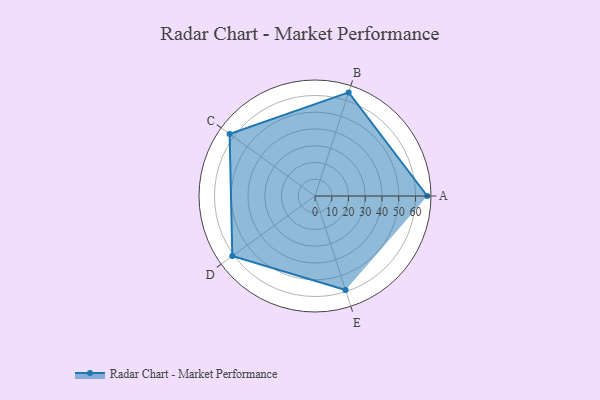
{"axis": {"x": "Skill", "y": "Score"}, "legend": ["Profile"], "data": [{"x": "A", "y": 67.0, "type": "Profile"}, {"x": "B", "y": 65.0, "type": "Profile"}, {"x": "C", "y": 63.0, "type": "Profile"}, {"x": "D", "y": 61.0, "type": "Profile"}, {"x": "E", "y": 59.0, "type": "Profile"}]}